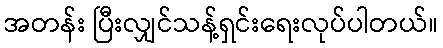
အတန်း ပြီးလျှင်သန့်ရှင်းရေးလုပ်ပါတယ်။